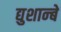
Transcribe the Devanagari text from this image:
द्युशान्बे